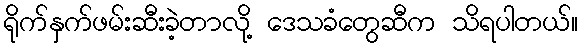
ရိုက်နှက်ဖမ်းဆီးခဲ့တာလို့ ဒေသခံတွေဆီက သိရပါတယ်။